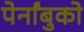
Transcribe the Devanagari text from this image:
पेर्नांबुको